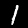
Label: 1